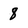
Character: 8